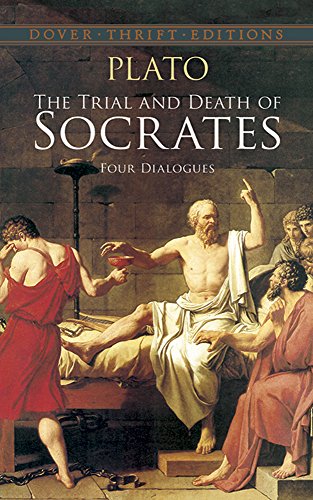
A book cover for The Trial and Death of Socrates: Four Dialogues (Dover Thrift Editions); Plato; Literature & Fiction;